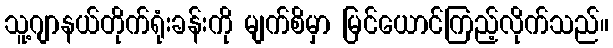
သူ့ဂျာနယ်တိုက်ရုံးခန်းကို မျက်စိမှာ မြင်ယောင်ကြည့်လိုက်သည်။